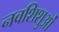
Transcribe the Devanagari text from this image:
नवशिशुओं